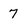
Character: 7